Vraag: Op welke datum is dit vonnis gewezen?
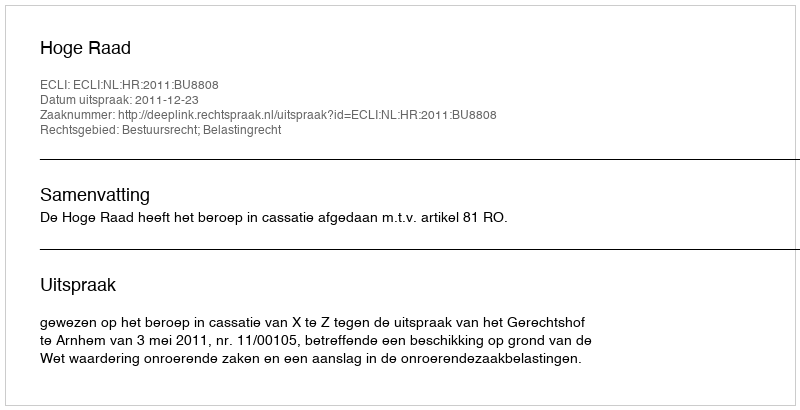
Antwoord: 2011-12-23